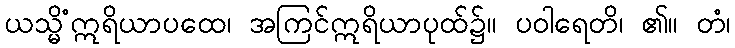
ယသ္မိံဣရိယာပထေ၊ အကြင်ဣရိယာပုထ်၌။ ပဝါရေတိ၊ ၏။ တံ၊